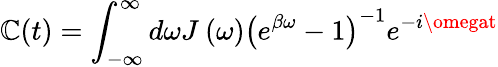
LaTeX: \mathbb{C}(t)=\int_{-\infty}^{\infty}{d\omega{{J}_{{}}}\left(\omega\right){{\left({{e}^{\beta\omega}}-1\right)}^{-1}}}{{e}^{-i\omegat}}